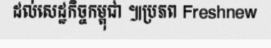
ដល់សេដ្ឋកិច្ចកម្ពុជា ៕ប្រភព Freshnew